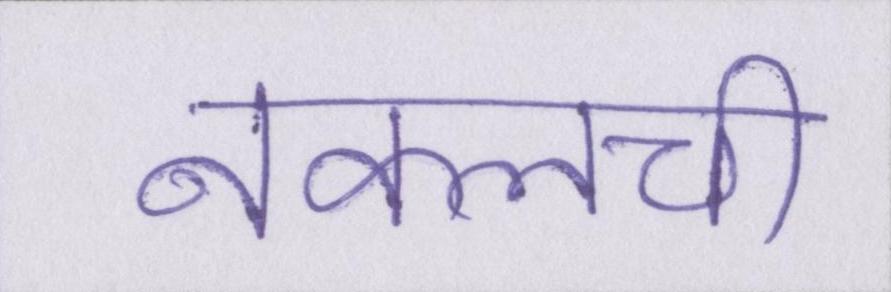
नकलची